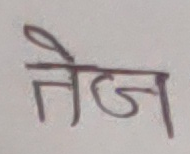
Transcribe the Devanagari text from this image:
तेज